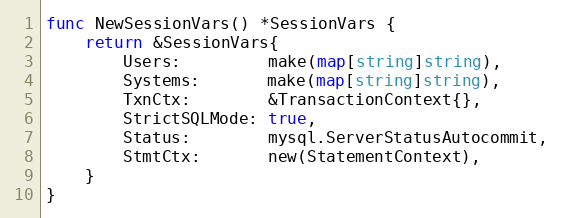
Language: Go
func NewSessionVars() *SessionVars {
	return &SessionVars{
		Users:         make(map[string]string),
		Systems:       make(map[string]string),
		TxnCtx:        &TransactionContext{},
		StrictSQLMode: true,
		Status:        mysql.ServerStatusAutocommit,
		StmtCtx:       new(StatementContext),
	}
}